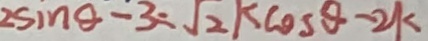
2 \sin \theta - 3 = \sqrt { 2 } K \cos \theta - 2 k